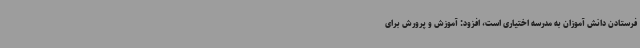
فرستادن دانش آموزان به مدرسه اختیاری است، افزود: آموزش و پرورش برای